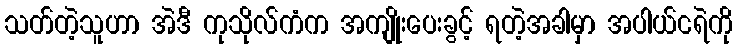
သတ်တဲ့သူဟာ အဲဒီ ကုသိုလ်ကံက အကျိုးပေးခွင့် ရတဲ့အခါမှာ အပါယ်ငရဲကို